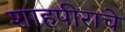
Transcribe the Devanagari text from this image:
शाहपीराचे